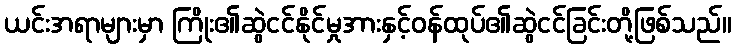
ယင်းအရာများမှာ ကြိုး၏ဆွဲငင်နိုင်မှုအားနှင့်ဝန်ထုပ်၏ဆွဲငင်ခြင်းတို့ဖြစ်သည်။